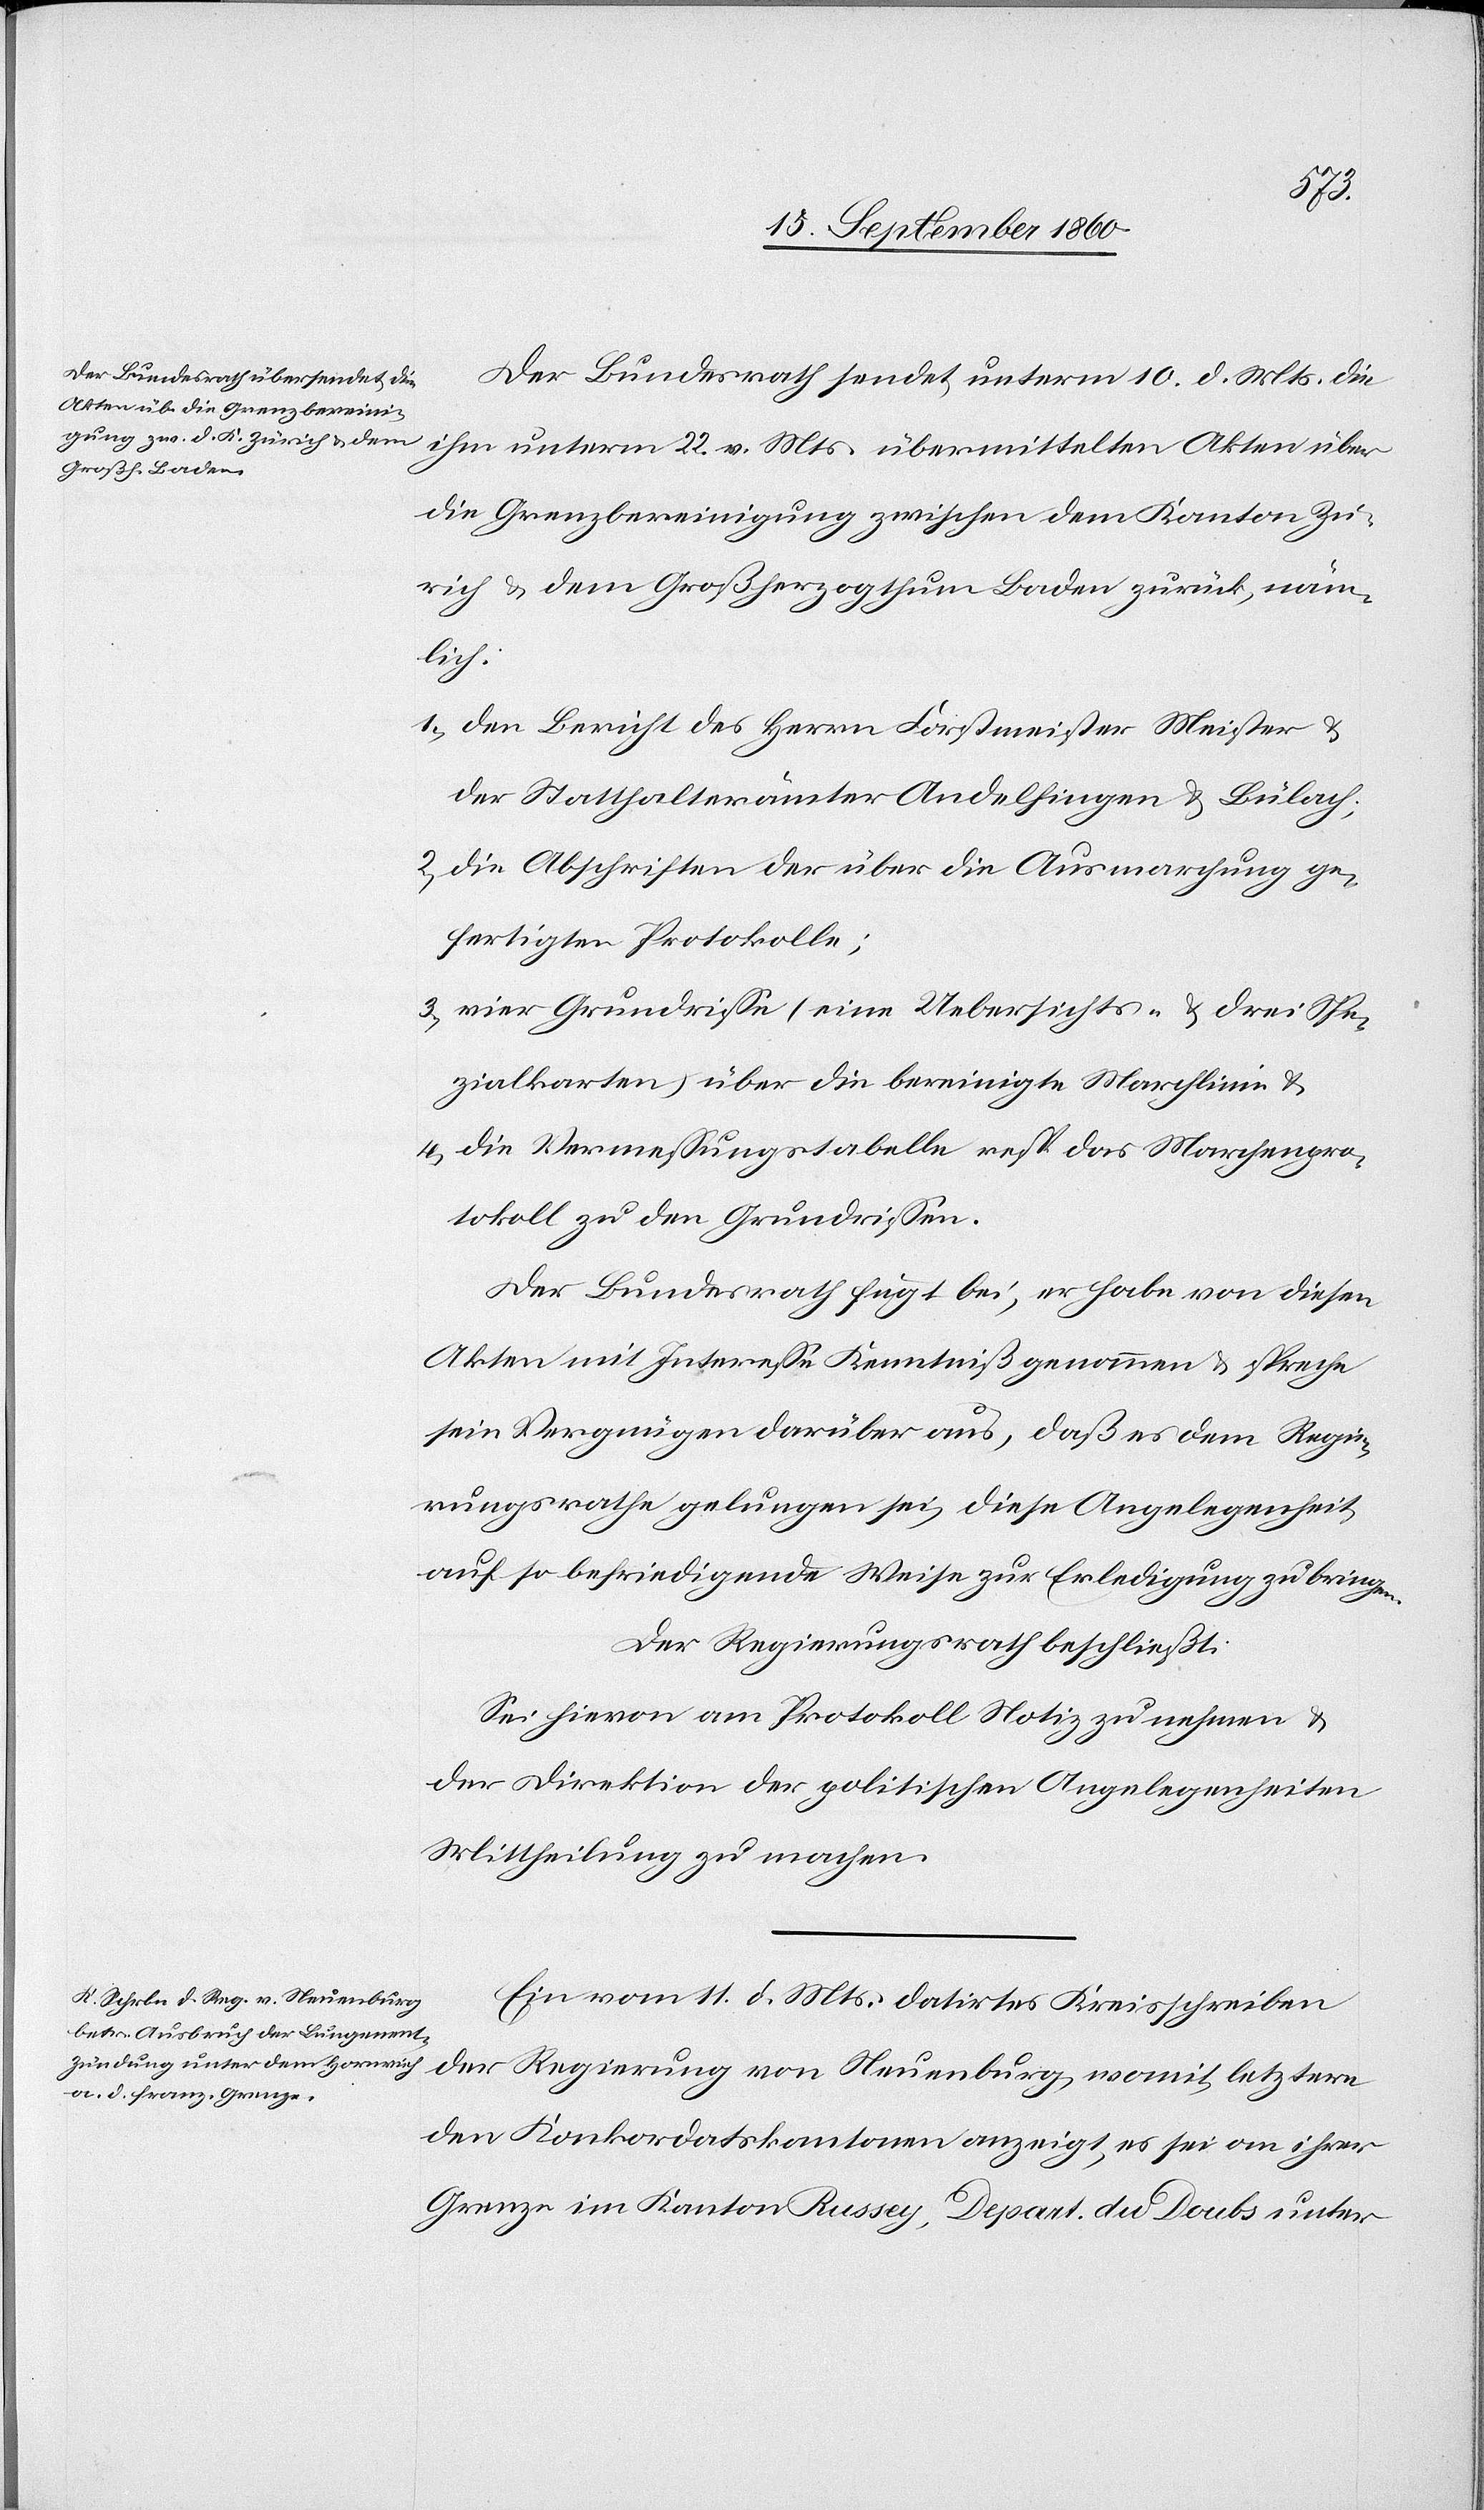
Der Bundesrath sendet unterm 10. d. Mts. die
ihm unterm 22. v. Mts. übermittelten Akten über
die Grenzbereinigung zwischen dem Kanton Zü¬
rich & dem Großherzogthum Baden zurück, näm¬
lich:
1. den Bericht des Herrn Forstmeister Meister &
der Statthalterämter Andelfingen & Bülach;
2. die Abschriften der über die Ausmarchung ge¬
fertigten Protokolle;
3. vier Grundrisse (eine Uebersichts- & drei Spe¬
zialkarten) über die bereinigte Marchlinie &
4. die Vermessungstabelle resp. das Marchenpro¬
tokoll zu den Grundrissen.
Der Bundesrath fügt bei, er habe von diesen
Akten mit Interesse Kenntniß genommen & spreche
sein Vergnügen darüber aus, daß es dem Regie¬
rungsrathe gelungen sei, diese Angelegenheit
auf so befriedigende Weise zur Erledigung zu bringen.
Der Regierungsrath beschließt:
Sei hievon am Protokoll Notiz zu nehmen &
der Direktion der politischen Angelegenheiten
Mittheilung zu machen.
Ein vom 11. d. Mts. datirtes Kreisschreiben
der Regierung von Neuenburg, womit letztere
den Konkordatskantonen anzeigt, es sei an ihrer
Grenze im Kanton Russey, Depart. du Doubs unter